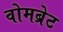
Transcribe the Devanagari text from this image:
वोमब्रेट